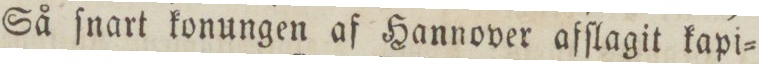
Så ſnart konungen af Hannover afſlagit kapi=